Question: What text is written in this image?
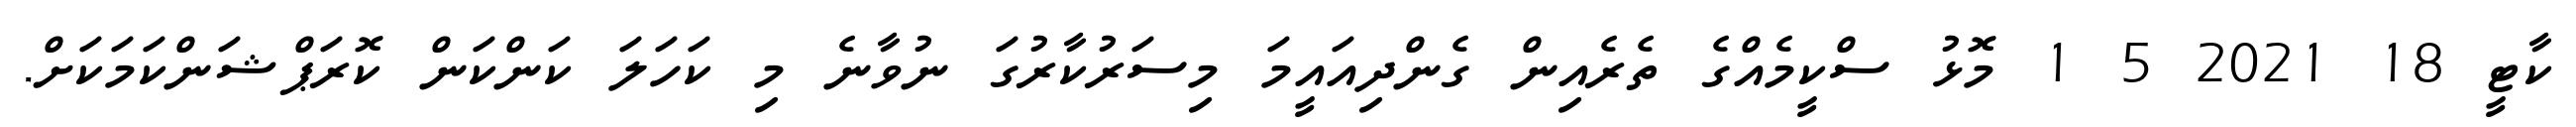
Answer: ކާޓީ 18 2021 5 1 މޮޅު ސްކީމެއްގެ ތެރެއިން ގެންދިއައީމަ މިސަރުކާރުގަ ނުވާނެ މި ކަހަލަ ކަންކަން ކޮރަޕްޝަންކަމަކަށް.